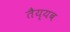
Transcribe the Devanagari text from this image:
तैय्यब